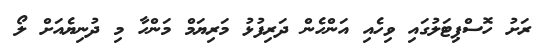
ރަށު ހޮސްޕިޓަލުގައި ވިހެއި އަންހެން ދަރިފުޅު މަރިޔަމް މަންހާ މި ދުނިޔެއަށް ލޯ